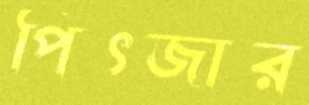
পিৎজার